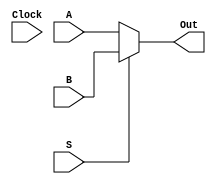
module MUX(A, B, S, Out,Clock);

    input [31:0] A,B;
    input S,Clock;
    output reg [31:0] Out;
    always@(*) begin

        Out <= (S == 1'b0) ? A : B;
   // $display("In: %d-%d-%d",A,B,S);
   //$display("Out: %d",Out);
    end
endmodule

module MUX_Data_Choice(A, B, S, Out,Clock,Output_ALU);

    input [31:0] A,B,Output_ALU;
    input S,Clock;
    output reg [31:0] Out;
    always@(*) begin

        Out <= (S == 1'b0) ? A : B;
    //$display("1In: %d-%d-%d",A,B,S);
   //$display("1Out: %d",Out);
    end
endmodule